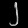
Digit: ၂